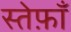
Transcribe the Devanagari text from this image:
स्तेफ़ाँ